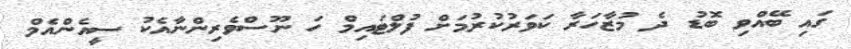
ގައި ބޭއްވި ބޮޑު ދެ މުޒާހަރާ ކަވަރުކުރުމަށް ފުލްޓައިމް ހަ ނޫސްވެރިންނާއެކު ސީއެންއެމް